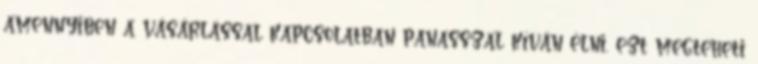
amennyiben a vásárlással kapcsolatban panasszal kíván élni, ezt megteheti